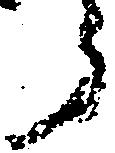
ら